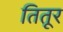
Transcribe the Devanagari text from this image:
तितूर